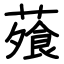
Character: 蕵